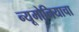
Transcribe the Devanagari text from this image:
न्यूमोनियाचा